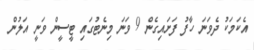
އެކަމަކު ދެވަނަ ހާފު ފަށައިގެން 9 ވަނަ މިނެޓުގައި ޓީސީން ވަނީ އަލުން